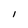
Character: 1